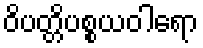
ဝိပတ္တိပစ္စယဝါရော